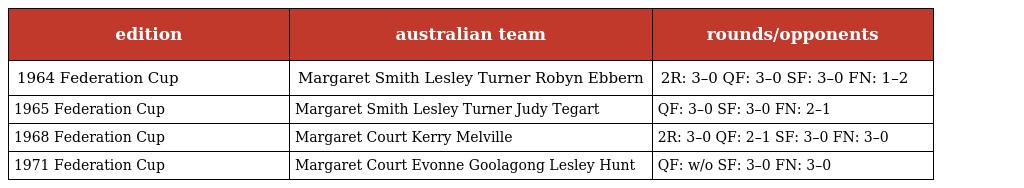
| edition | australian team | rounds/opponents |
 | --- | --- | --- |
 | 1964 Federation Cup | Margaret Smith Lesley Turner Robyn Ebbern | 2R: 3–0 QF: 3–0 SF: 3–0 FN: 1–2 |
 | 1965 Federation Cup | Margaret Smith Lesley Turner Judy Tegart | QF: 3–0 SF: 3–0 FN: 2–1 |
 | 1968 Federation Cup | Margaret Court Kerry Melville | 2R: 3–0 QF: 2–1 SF: 3–0 FN: 3–0 |
 | 1971 Federation Cup | Margaret Court Evonne Goolagong Lesley Hunt | QF: w/o SF: 3–0 FN: 3–0 |